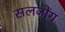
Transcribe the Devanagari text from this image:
सलजोंग